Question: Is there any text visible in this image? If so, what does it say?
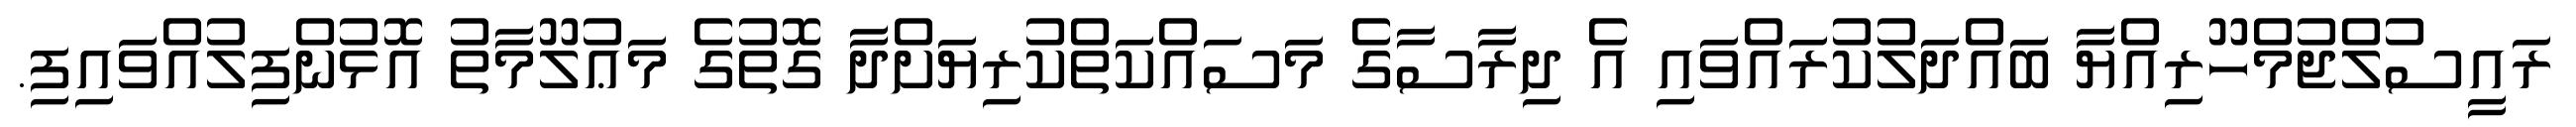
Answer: ރައީސުލްޖުމްހޫރިއްޔާ ބައްދަލުކުރައްވައި އެ ދިރާސާގެ މަސައްކަތްކުރިޔަށްދާ ގޮތުގެ މަޢުލޫމާތު އޮޅުންފިލުއްވައިފި.